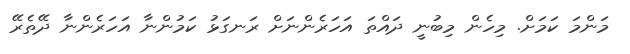
މަންމަ ކަމަށް. މިހެން މިބުނީ ދައްތަ އަހަރެންނަށް ރަނގަޅު ކަމުންނާ އަހަރެންނާ ދޭތެރޭ